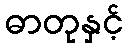
ဓာတုနှင့်